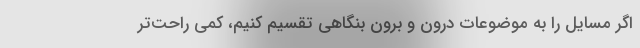
اگر مسایل را به موضوعات درون و برون بنگاهی تقسیم کنیم، کمی راحت‌تر